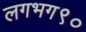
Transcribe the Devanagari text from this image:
लगभग९०